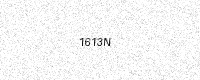
Text: 1613N